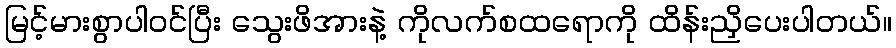
မြင့်မားစွာပါဝင်ပြီး သွေးဖိအားနဲ့ ကိုလက်စထရောကို ထိန်းညှိပေးပါတယ်။